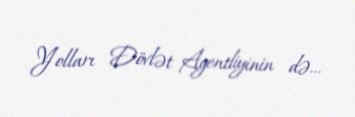
Yolları Dövlət Agentliyinin də...